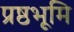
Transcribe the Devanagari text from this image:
प्रष्ठभूमि